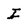
Character: I